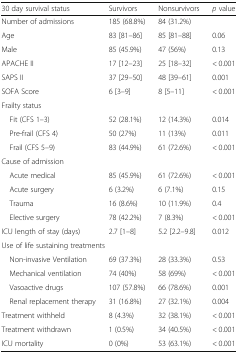
<table><thead><tr><td><b>30 day survival status</b></td><td><b>Survivors</b></td><td><b>Nonsurvivors</b></td><td><b><i>p</i> value</b></td></tr></thead><tbody><tr><td>Number of admissions</td><td>185 (68.8%)</td><td>84 (31.2%)</td><td></td></tr><tr><td>Age</td><td>83 [81–86]</td><td>85 [81–88]</td><td>0.06</td></tr><tr><td>Male</td><td>85 (45.9%)</td><td>47 (56%)</td><td>0.13</td></tr><tr><td>APACHE II</td><td>17 [12–23]</td><td>25 [18–32]</td><td>&lt; 0.001</td></tr><tr><td>SAPS II</td><td>37 [29–50]</td><td>48 [39–61]</td><td>0.001</td></tr><tr><td>SOFA Score</td><td>6 [3–9]</td><td>8 [5–11]</td><td>&lt; 0.001</td></tr><tr><td colspan="4">Frailty status</td></tr><tr><td> Fit (CFS 1–3)</td><td>52 (28.1%)</td><td>12 (14.3%)</td><td>0.014</td></tr><tr><td> Pre-frail (CFS 4)</td><td>50 (27%)</td><td>11 (13%)</td><td>0.011</td></tr><tr><td> Frail (CFS 5–9)</td><td>83 (44.9%)</td><td>61 (72.6%)</td><td>&lt; 0.001</td></tr><tr><td colspan="4">Cause of admission</td></tr><tr><td> Acute medical</td><td>85 (45.9%)</td><td>61 (72.6%)</td><td>&lt; 0.001</td></tr><tr><td> Acute surgery</td><td>6 (3.2%)</td><td>6 (7.1%)</td><td>0.15</td></tr><tr><td> Trauma</td><td>16 (8.6%)</td><td>10 (11.9%)</td><td>0.4</td></tr><tr><td> Elective surgery</td><td>78 (42.2%)</td><td>7 (8.3%)</td><td>&lt; 0.001</td></tr><tr><td>ICU length of stay (days)</td><td>2.7 [1–8]</td><td>5.2 [2.2–9.8]</td><td>0.012</td></tr><tr><td colspan="4">Use of life sustaining treatments</td></tr><tr><td> Non-invasive Ventilation</td><td>69 (37.3%)</td><td>28 (33.3%)</td><td>0.53</td></tr><tr><td> Mechanical ventilation</td><td>74 (40%)</td><td>58 (69%)</td><td>&lt; 0.001</td></tr><tr><td> Vasoactive drugs</td><td>107 (57.8%)</td><td>66 (78.6%)</td><td>0.001</td></tr><tr><td> Renal replacement therapy</td><td>31 (16.8%)</td><td>27 (32.1%)</td><td>0.004</td></tr><tr><td>Treatment withheld</td><td>8 (4.3%)</td><td>32 (38.1%)</td><td>&lt; 0.001</td></tr><tr><td>Treatment withdrawn</td><td>1 (0.5%)</td><td>34 (40.5%)</td><td>&lt; 0.001</td></tr><tr><td>ICU mortality</td><td>0 (0%)</td><td>53 (63.1%)</td><td>&lt; 0.001</td></tr></tbody></table>